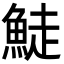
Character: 鯐